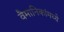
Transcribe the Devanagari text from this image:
वैमानिकांमध्ये